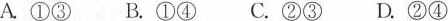
A.①③ B.①④ C.②③ D.②④